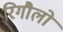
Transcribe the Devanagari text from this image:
रिगौलो